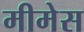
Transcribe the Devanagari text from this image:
मीमेस